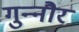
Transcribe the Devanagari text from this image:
गुन्‍नौर